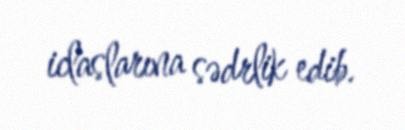
iclaslarına sədrlik edib.